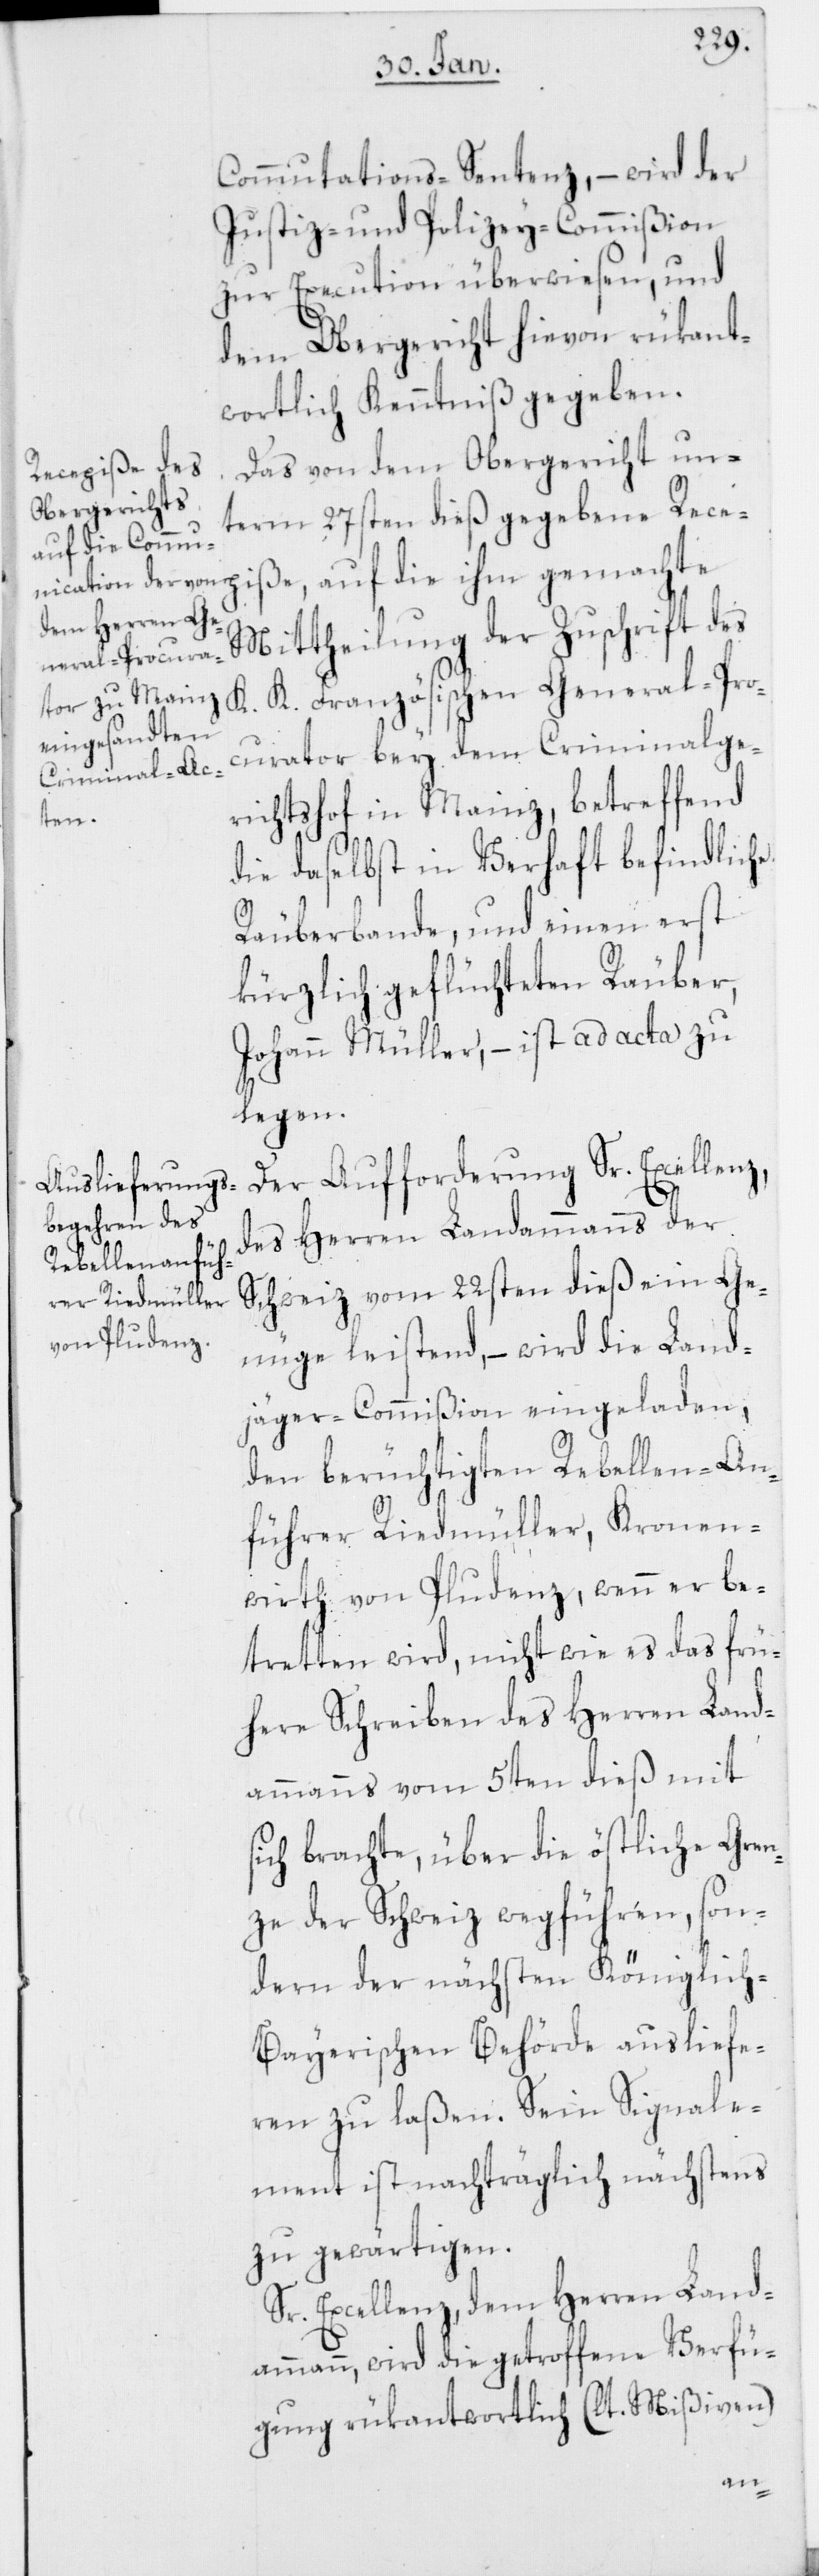
Commutations-Sentenz, – wird der
Justiz- und Polizey-Commißion
zur Execution überwiesen, und
dem Obergericht hievon rükant¬
wortlich Kenntniß gegeben.
Das von dem Obergericht un¬
term 27sten dieß gegebene Rece¬
piße, auf die ihm gemachte
Mittheilung der Zuschrift des
General-Pro¬
curator bey dem Criminalge¬
richtshof in Mainz, betreffend
die daselbst in Verhaft befindliche
Räuberbande, und einen erst
kürzlich geflüchteten Räuber,
Johann Müller, – ist ad acta zu
legen.
Der Aufforderung Sr. Excellenz,
des Herren Landammanns der
Schweiz vom 22sten dieß ein Ge¬
nüge leistend, – wird die Land¬
jäger-Commißion eingeladen,
den berüchtigten Rebellen-An¬
führer Riedmüller, Kronen¬
wirth von Pludenz, wenn er be¬
tretten wird, nicht wie es das frü¬
here Schreiben des Herren Land¬
ammanns vom 5ten dieß mit
sich brachte, über die östliche Gren¬
ze der Schweiz wegführen, son¬
dern der nächsten königlich-b¬
ayerischen Behörde ausliefe¬
ren zu laßen. Seyn Signale¬
ment ist nachträglich nächstens
zu gewärtigen.
Sr. Excellenz, dem Herren Land¬
ammann, wird die getroffene Verfü¬
gung rükantwortlich (lt. Mißiven)